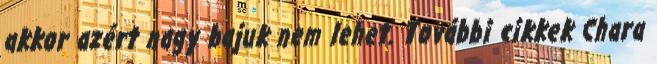
akkor azért nagy bajuk nem lehet. További cikkek Chara